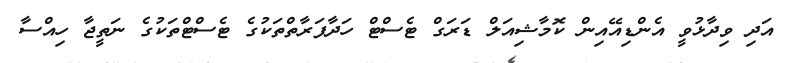
އަދި ވިދާޅުވީ އެންޑިއޭއިން ކޮމާޝިއަލް ޑަރަގް ޓެސްޓް ހަދާފަރާތްތަކުގެ ޓެސްޓްތަކުގެ ނަތީޖާ ހިއްސާ